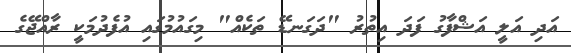
އަދި އަލީ އަޝްފާގު ފަދަ އިތުރު "ދަގަނޑޭ ތަކެއް" މިގައުމުގައި އުފެދުމަކީ ރާއްޖޭގެ